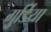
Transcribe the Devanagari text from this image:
गुर्डिया